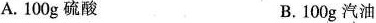
A.100g硫酸 B.100g汽油